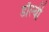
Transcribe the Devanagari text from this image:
डाॅल्बी